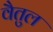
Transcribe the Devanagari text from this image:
वैतुल